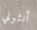
أنثوني